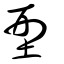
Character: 型